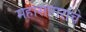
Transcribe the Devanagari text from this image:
महासागरांचे